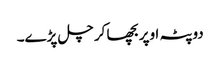
دوپٹہ اوپر بچھا کر چل پڑے۔